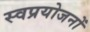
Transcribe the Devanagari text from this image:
स्वप्रयोजनों